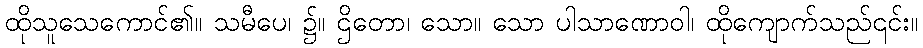
ထိုသူသေကောင်၏။ သမီပေ၊ ၌။ ဌိတော၊ သော။ သော ပါသာဏောဝါ၊ ထိုကျောက်သည်၎င်း။